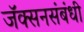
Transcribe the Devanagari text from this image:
जॅक्सनसंबंधी